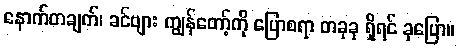
နောက်တချက်၊ ခင်ဗျား ကျွန်တော့်ကို ပြောစရာ တခုခု ရှိရင် ခုပြော။